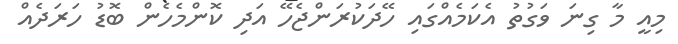
މިއީ މާ ގިނަ ވަގުތު އެކަމެއްގައި ހޭދަކުރަންޖެހޭ އަދި ކޮންމެހެން ބޮޑު ހަރަދެއް